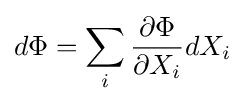
d\Phi =\sum _{i}{\frac {\partial \Phi }{\partial X_{i}}}dX_{i}